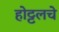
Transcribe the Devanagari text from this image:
होट्टलचे